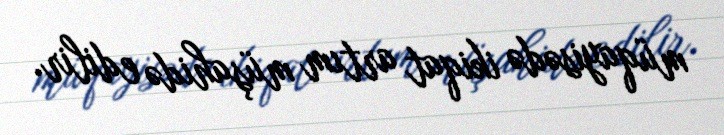
müqayisədə ikiqat artım müşahidə edilir.